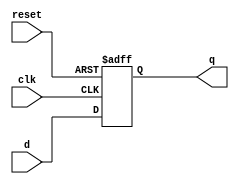
module acc_4_bit(input clk, reset,input [3:0] d,output reg [3:0] q);
always @(posedge clk,negedge reset)
begin
    if(!reset)
        q<='b0;
    else
        q<=d;
end
endmodule
module acc_8_bit(input clk,reset,input [7:0] d,output reg [7:0] q);
always @(posedge clk,negedge reset)
begin
    if(!reset)
        q<='b0;
    else
        q<=d;
end
endmodule
module acc_10_bit(input clk,reset,input [9:0] d,output reg [9:0] q);
always @(posedge clk,negedge reset)
begin
    if(!reset)
        q<='b0;
    else
        q<=d;
end
endmodule

module pipelined_MAC_19BEE0032(input clk,reset,input [3:0] a,input [3:0] b, output [9:0] cin);
        wire [3:0] w1,w2;
        wire [7:0] w3,w4;
        wire [9:0] w5,w6;
        acc_4_bit a1(clk,reset,a,w1);
        acc_4_bit a2(clk,reset,b,w2);
        assign w3=w2*w1;
        acc_8_bit a3(clk,reset,w3,w4);
        assign w5=w4+w6;
        acc_10_bit a4(clk,reset,w5,w6);
        assign cin=w6;
endmodule